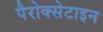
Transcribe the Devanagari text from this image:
पैरोक्सेटाइन